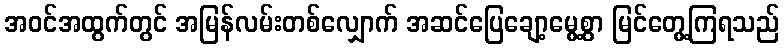
အဝင်အထွက်တွင် အမြန်လမ်းတစ်လျှောက် အဆင်ပြေချော့မွေ့စွာ မြင်တွေ့ကြရသည်